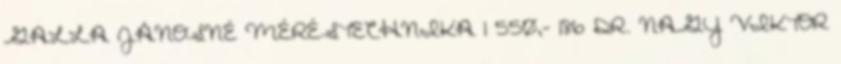
GALLA JÁNOSNÉ MÉRÉSTECHNIKA 1 550,- 186 DR. NAGY VIKTOR